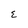
Character: E